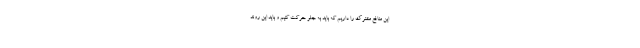
این منافع مشترک را داریم که باید به جلو حرکت کنیم و باید این روند